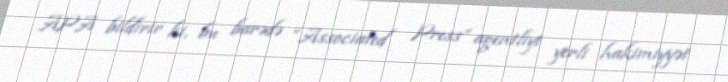
APA bildirir ki, bu barədə “Associated Press” agentliyi yerli hakimiyyət